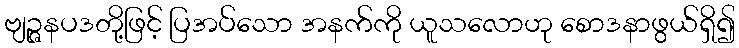
ဗျဉ္ဇနပဒတို့ဖြင့် ပြအပ်သော အနက်ကို ယူသလောဟု စောဒနာဖွယ်ရှိ၍